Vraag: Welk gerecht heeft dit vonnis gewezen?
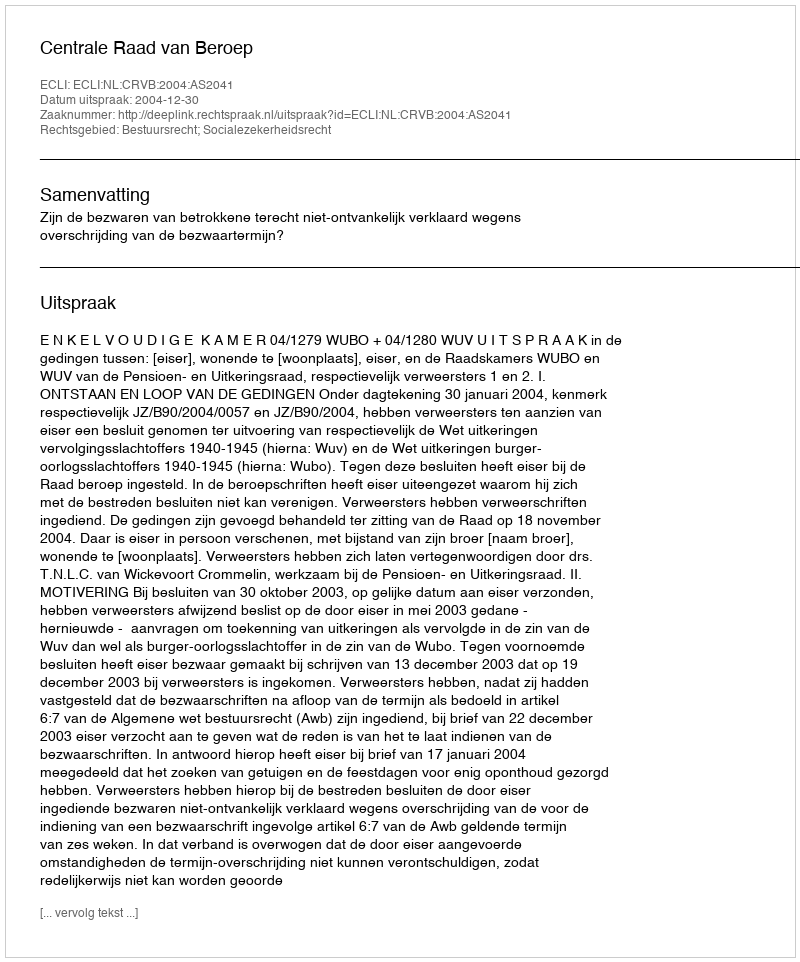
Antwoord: Centrale Raad van Beroep